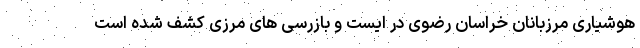
هوشیاری مرزبانان خراسان رضوی در ایست و بازرسی های مرزی کشف شده است